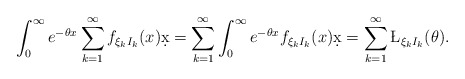
\begin{align*} \int_0^{\infty} e^{-\theta x} \sum_{k=1}^{\infty} f_{\xi_k I_k}(x) \d x = \sum_{k=1}^{\infty} \int_0^{\infty} e^{-\theta x} f_{\xi_k I_k}(x) \d x= \sum_{k=1}^{\infty} \L_{\xi_k I_k} (\theta).\end{align*}